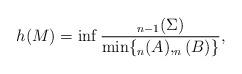
LaTeX: \begin{align*}h(M)=\inf \frac{_{n-1}(\Sigma)}{\min\{_n(A),_n(B)\} },\end{align*}